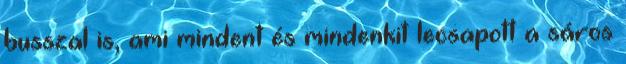
busszal is, ami mindent és mindenkit lecsapott a sáros